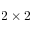
2 \times 2